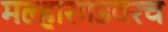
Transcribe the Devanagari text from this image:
मल्हारगडवरच